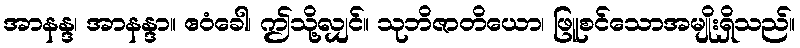
အာနန္ဒ၊ အာနန္ဒာ။ ဧဝံခေါ၊ ဤသို့လျှင်။ သုဘိဇာတိယော၊ ဖြူစင်သောအမျိုးရှိသည်။